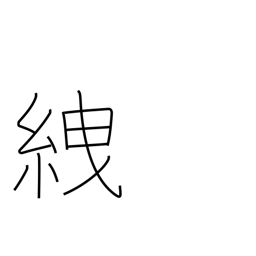
Meaning: tie